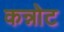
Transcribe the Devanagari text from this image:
कन्नोट